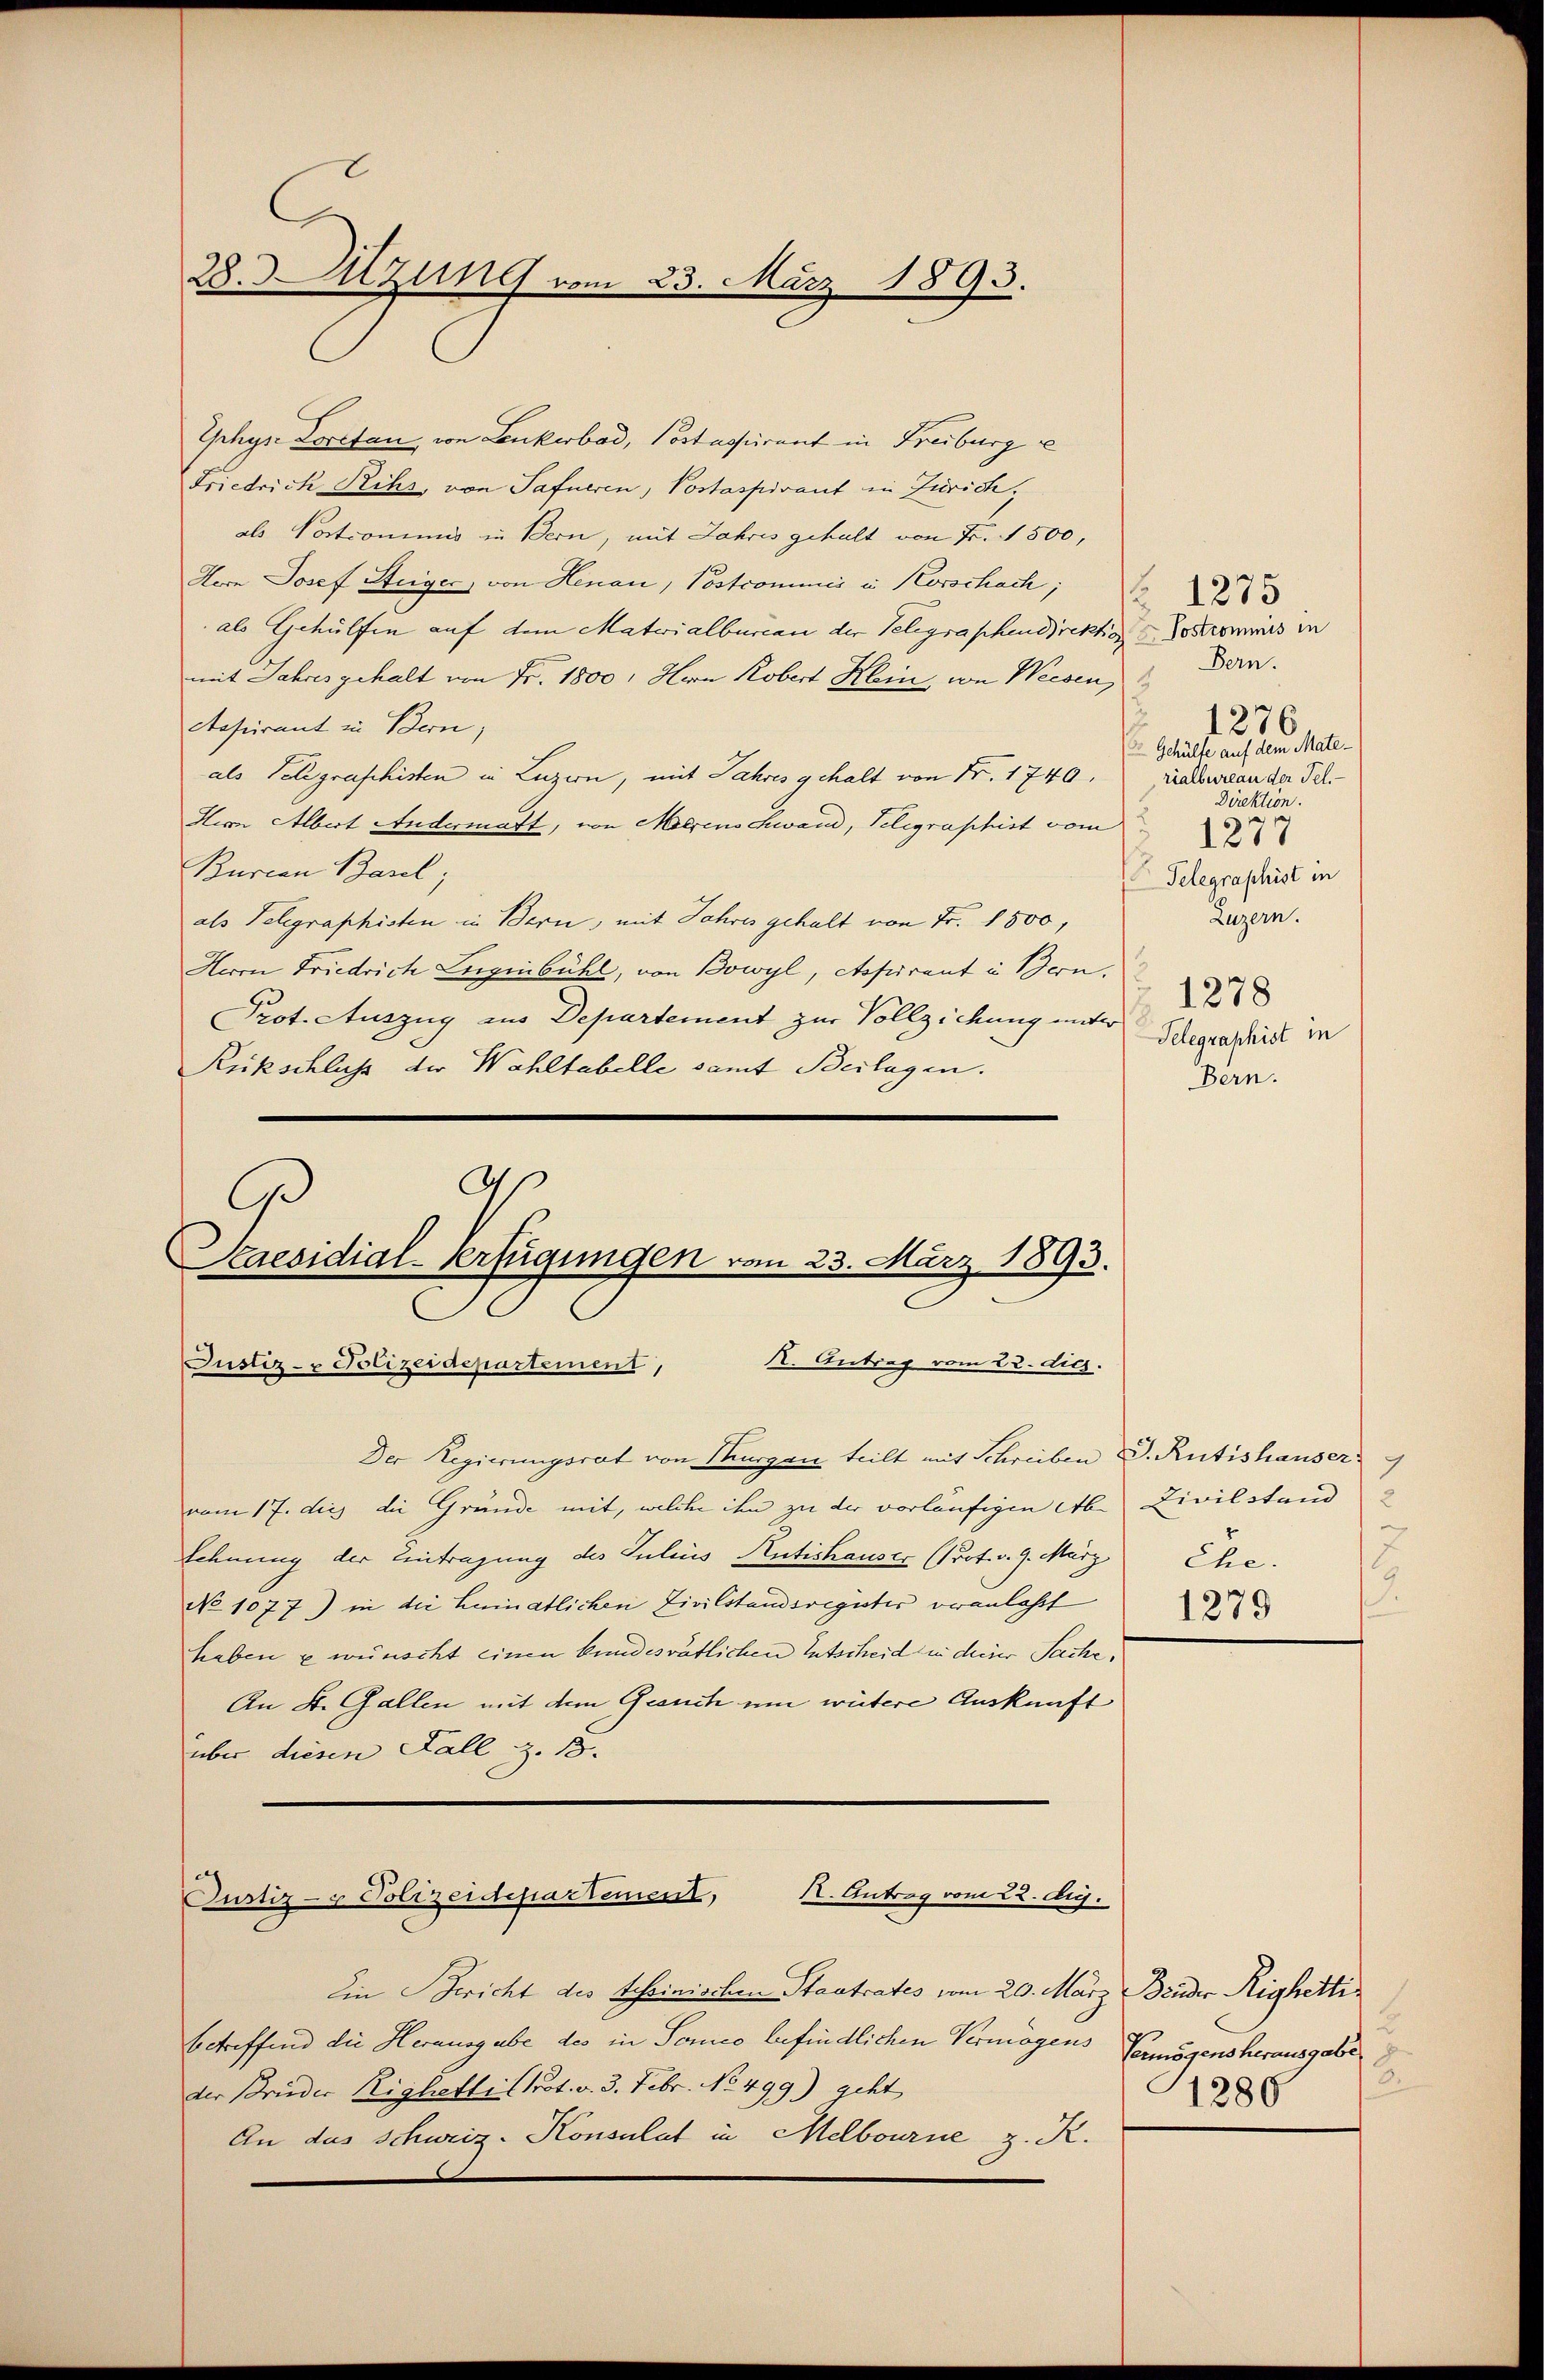
28.Sitzung vom 23. März 1893.

Ephyr Loretan, von Lenkerbad, Portassurant in Freiburg e
Friedrich Rihs, von Safneren, Postaspirant in Zürich,
als Postronimus in Bern, mit Jahres gehalt von Fr. 1500,
Korn Josef Steiger, von Henau, Postcommer in Korschach, 223
als Gehülfen auf dem Materialbureau der Telegraphendirektion Lostrommis in
mit Jahres gehalt von Fr. 1800. Hern Kobert Hein, von Weesen,
Stapirant in Bern,
als Telegraschisten in Luzern, mit Jahres gehalt von Nr. 1740.
Hern Albert Andermatt, von Meerenschwand, Telegraphist vom
Burcan Basel
als Telegraphisten in Bern, mit Jahres gehalt von Fr. 1500,
Herrn Friedrich Lugenbühl, von Bowyl, Aspirant in Bern,
Prot. Auszug aus Departement zur Vollziehung unter
Rückschluß der Wahltabelle samt Beilagen.
a

C
Kaesidial-Verfügungen vom 23. März 1893.
K. Antrag vom 22. dies.
Justiz- & Polizeidepartement,

Der Regierungsrat von Thurgan teilt mit Schreiben d. Rütishauser
vom 17. dies die Gründe mit, welche ihn zu der vorläufigen Aber Civilstand
Schnung der Eintragung des Julius Rütishauser (Prot. v. 9. März
No 1077) in die Leimatlichen Zivilstandsregister veranlaßt
haben u wünscht einen bundesrätlichen Entscheid in deiner Sache,
An 4. Gallen mit dem Gesuch um weitere Auskunft
über diesen Fall z. B.

R. Antrag vom 22. Aug.
Justiz- & Polizeidepartement,

Ein Bericht des Scheinischen Stadtrates vom 20. März Bruder Righettibetreffend die Herausgabe des in Sonne befindlichen Vermögens
der Brieder Righetti Prot. v. 3. Febr. No 499) geht
An das Schweiz. Konsulat in Melbourne z. R.

Bern.
1276
 Gehülfe auf dem Materialbureau der Fel.
Direktion.
1277
Telegraphist in
Luzern.
1278
Telegraphist in
Bern.

Ehe.
.
1279

2
Vermögens herausgabe
.
1286